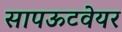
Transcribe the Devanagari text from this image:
सापऊटवेयर